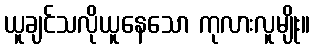
ယူချင်သလိုယူနေသော ကုလားလူမျိုး။